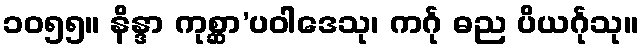
၁၀၅၅။ နိန္ဒာ ကုစ္ဆာ’ပဝါဒေသု၊ ကင်္ဂု ဓည ပိယင်္ဂုသု။